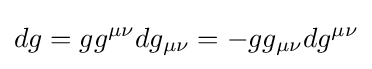
dg=gg^{\mu \nu }dg_{\mu \nu }=-gg_{\mu \nu }dg^{\mu \nu }